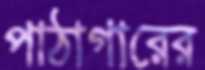
পাঠাগারের